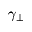
\gamma _ { \perp }